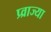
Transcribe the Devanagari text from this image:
प्र्व्राज्या